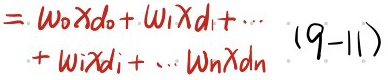
$= w_0 x_{d0} + w_1 x_{d1} + \cdots + w_i x_{di} + \cdots w_n x_{dn} \quad (9 - 11)$